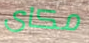
مكاى